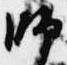
師